Leaving Certificate Examination (including Day School Certificate (Higher) General paper), 1932
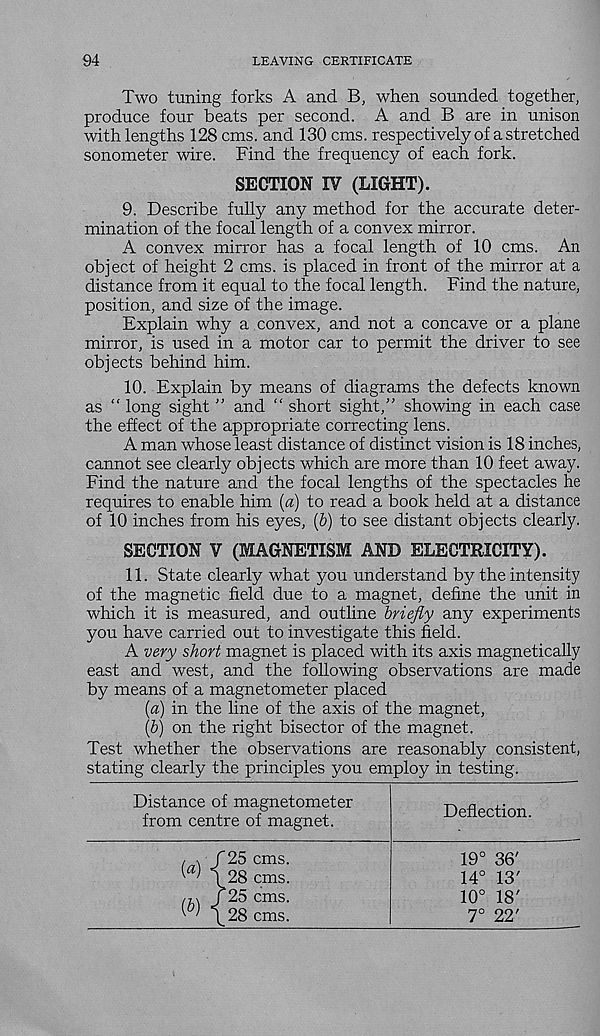
94
LEAVING CERTIFICATE
Two tuning forks A and B, when sounded together,
produce four beats per second. A and B are in unison
with lengths 128 cms. and 130 cms. respectively of a stretched
sonometer wire. Find the frequency of each fork.
SECTION IV (LIGHT).
9. Describe fully any method for the accurate deter-
mination of the focal length of a convex mirror.
A convex mirror has a focal length of 10 cms. An
object of height 2 cms. is placed in front of the mirror at a
distance from it equal to the focal length. Find the nature,
position, and size of the image.
Explain why a convex, and not a concave or a plane
mirror, is used in a motor car to permit the driver to see
objects behind him.
10. Explain by means of diagrams the defects known
as “ long sight ” and “ short sight,” showing in each case
the effect of the appropriate correcting lens.
A man whose least distance of distinct vision is 18 inches,
cannot see clearly objects which are more than 10 feet away.
Find the nature and the focal lengths of the spectacles he
requires to enable him (a) to read a book held at a distance
of 10 inches from his eyes, (b) to see distant objects clearly.
SECTION V (MAGNETISM AND ELECTRICITY).
11. State clearly what you understand by the intensity
of the magnetic field due to a magnet, define the unit in
which it is measured, and outline briefly any experiments
you have carried out to investigate this field.
A very short magnet is placed with its axis magnetically
east and west, and the following observations are made
by means of a magnetometer placed
[а) in the line of the axis of the magnet,
(б) on the right bisector of the magnet.
Test whether the observations are reasonably consistent,
stating clearly the principles you employ in testing.
Distance of magnetometer
from centre of magnet.
Deflection.
19° 36'
14° 13'
10° 18'
7° 22'